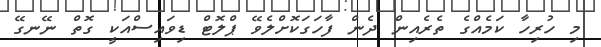
މި ހުރިހާ ކަމެއްގެ ތެރެއިން ދެން ފާހަގަކޮށްލެވޭ ޕްލޮޓް ޑިވައިސްއަކީ ގޮތް ނޭނގޭ